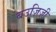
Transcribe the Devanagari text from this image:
बउज़िज़ी